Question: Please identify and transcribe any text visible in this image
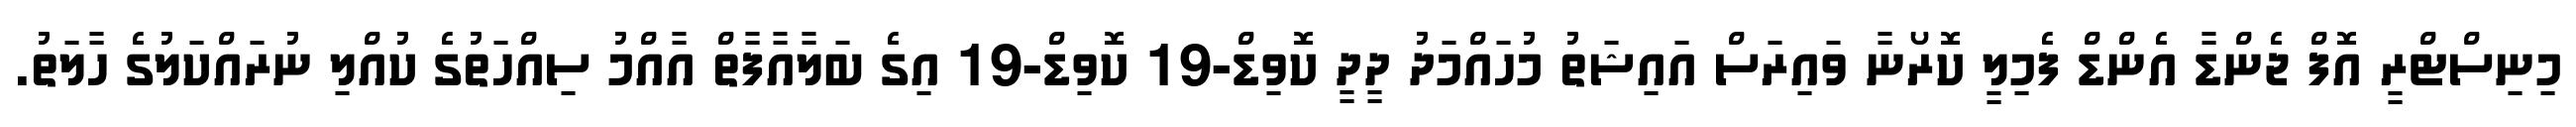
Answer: މިނިސްޓްރީ އޮފް ޖެންޑާ އެންޑް ފެމިލީ ކޮރޯނާ ވައިރަސް އައިޝަތު މުހައްމަދު ދީދީ ކޮވިޑް-19 ކޮވިޑް-19 އިގެ ބަލާއާފާތް އާއްމު ސިއްހަތުގެ ކުއްލި ނުރައްކަލުގެ ހާލަތު.